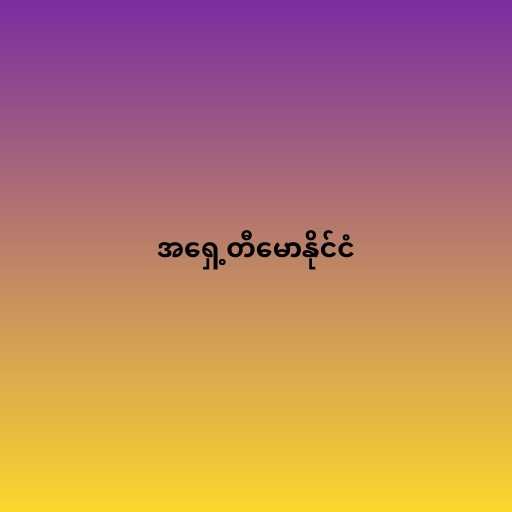
အရှေ့တီမောနိုင်ငံ